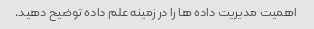
اهمیت مدیریت داده ها را در زمینه علم داده توضیح دهید.